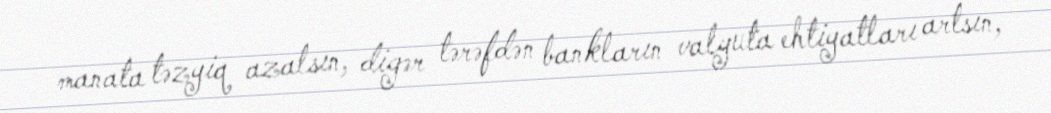
manata təzyiq azalsın, digər tərəfdən bankların valyuta ehtiyatları artsın,